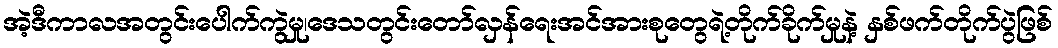
အဲ့ဒီကာလအတွင်းပေါက်ကွဲမှု၊ဒေသတွင်းတော်လှန်ရေးအင်အားစုတွေရဲ့တိုက်ခိုက်မှုနဲ့ နှစ်ဖက်တိုက်ပွဲဖြစ်